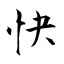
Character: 快